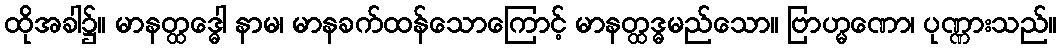
ထိုအခါ၌။ မာနတ္ထဒ္ဓေါ နာမ၊ မာနခက်ထန်သောကြောင့် မာနတ္ထဒ္ဓမည်သော။ ဗြာဟ္မဏော၊ ပုဏ္ဏားသည်။